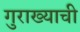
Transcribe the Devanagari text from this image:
गुराख्याची